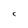
Character: C